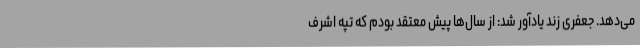
می‌دهد. جعفری زند یادآور شد: از سال‌ها پیش معتقد بودم که تپه اشرف